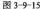
图3—9—15